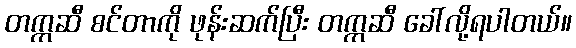
တက္ကဆီ စင်တာကို ဖုန်းဆက်ပြီး တက္ကဆီ ခေါ်လို့ရပါတယ်။